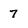
Character: 7